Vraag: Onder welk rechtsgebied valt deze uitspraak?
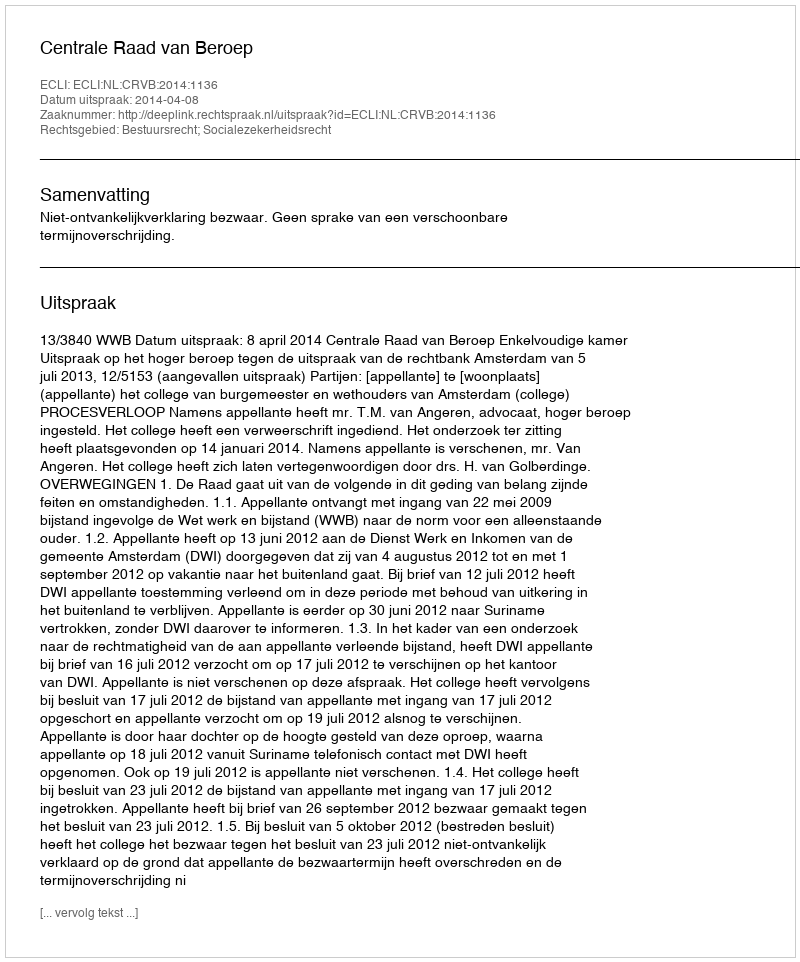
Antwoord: Bestuursrecht; Socialezekerheidsrecht